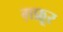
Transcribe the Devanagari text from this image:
ग़फ़ूर